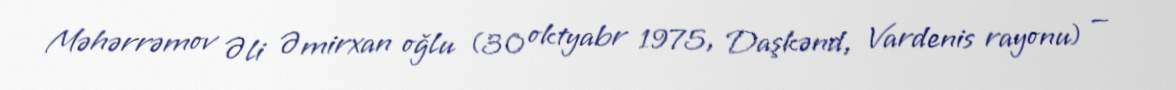
Məhərrəmov Əli Əmirxan oğlu (30 oktyabr 1975, Daşkənd, Vardenis rayonu) —